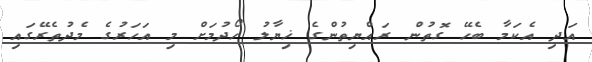
އަދި އެކަމާ ބެހޭ ގޮތުން ރައްޔިތުންގެ ޚިޔާލު ހޯދުމަށް މި އަހަރުގެ މެދުތެރޭގައި